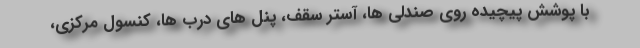
با پوشش پیچیده روی صندلی ها، آستر سقف، پنل های درب ها، کنسول مرکزی،